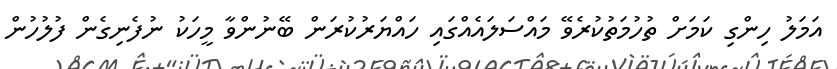
އަމަލު ހިންގި ކަމަށް ތުހުމަތުކުރެވޭ މައްސަލައެއްގައި ހައްޔަރުކުރަން ބޭނުންވާ މީހަކު ނުފެނިގެން ފުލުހުން